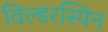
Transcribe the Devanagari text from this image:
विल्डरस्पिन